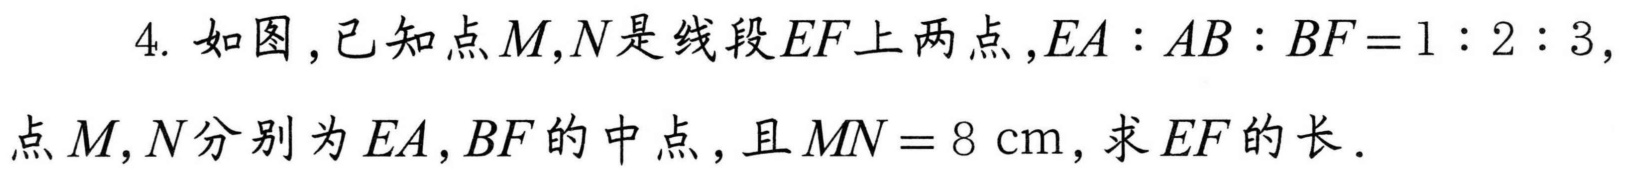
4. 如图，已知点\(M,N\)是线段\(EF\)上两点，\(EA:AB:BF = 1:2:3\)，点\(M,N\)分别为\(EA,BF\)的中点，且\(MN = 8\mathrm{cm}\)，求\(EF\)的长．